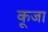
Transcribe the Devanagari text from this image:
कूजा